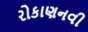
રોકાણનવી